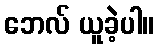
ဘေလ် ယူခဲ့ပါ။